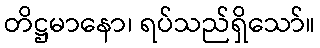
တိဋ္ဌမာနော၊ ရပ်သည်ရှိသော်။